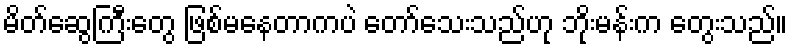
မိတ်ဆွေကြီးတွေ ဖြစ်မနေတာကပဲ တော်သေးသည်ဟု ဘိုးမန်းက တွေးသည်။